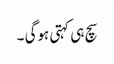
سچ ہی کہتی ہوگی ۔